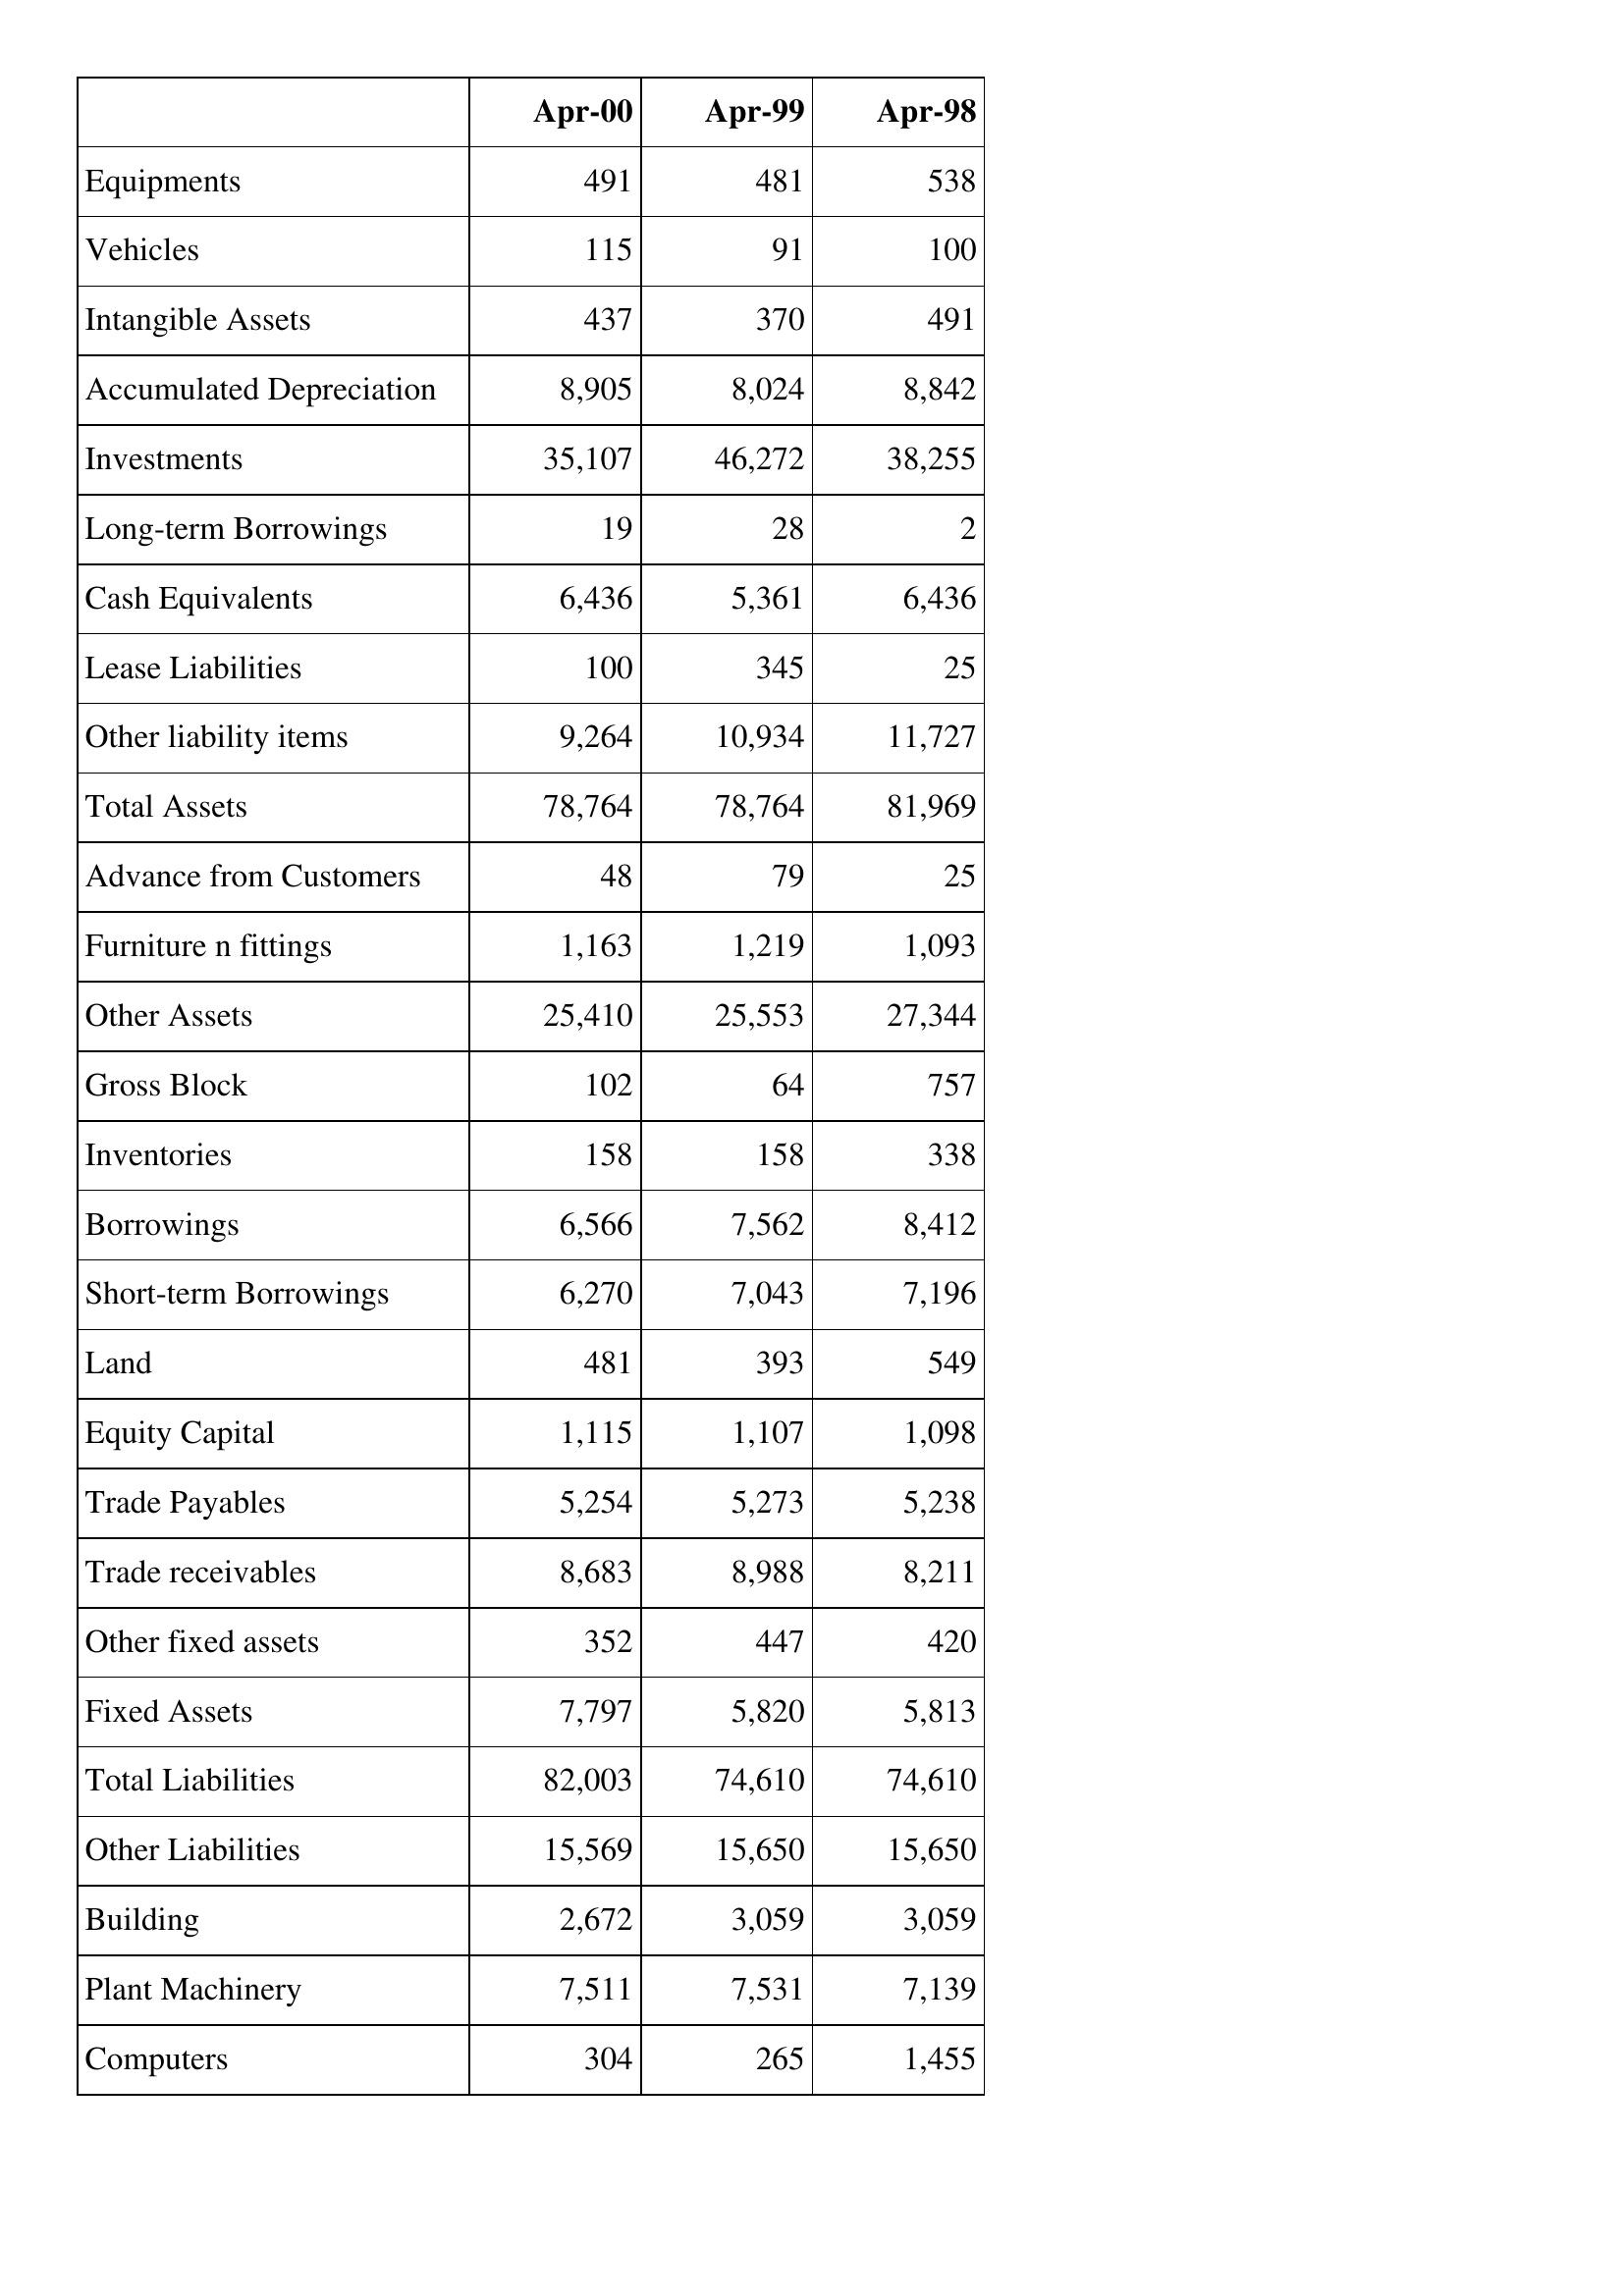
Apr-00: Balance Sheet: Equipments: 491
Vehicles: 115
Intangible Assets: 437
Accumulated Depreciation: 8,905
Investments: 35,107
Long-term Borrowings: 19
Cash Equivalents: 6,436
Lease Liabilities: 100
Other liability items: 9,264
Total Assets: 78,764
Advance from Customers: 48
Furniture n fittings: 1,163
Other Assets: 25,410
Gross Block: 102
Inventories: 158
Borrowings: 6,566
Short-term Borrowings: 6,270
Land: 481
Equity Capital: 1,115
Trade Payables: 5,254
Trade receivables: 8,683
Other fixed assets: 352
Fixed Assets: 7,797
Total Liabilities: 82,003
Other Liabilities: 15,569
Building: 2,672
Plant Machinery: 7,511
Computers: 304
Apr-99: Balance Sheet: Equipments: 481
Vehicles: 91
Intangible Assets: 370
Accumulated Depreciation: 8,024
Investments: 46,272
Long-term Borrowings: 28
Cash Equivalents: 5,361
Lease Liabilities: 345
Other liability items: 10,934
Total Assets: 78,764
Advance from Customers: 79
Furniture n fittings: 1,219
Other Assets: 25,553
Gross Block: 64
Inventories: 158
Borrowings: 7,562
Short-term Borrowings: 7,043
Land: 393
Equity Capital: 1,107
Trade Payables: 5,273
Trade receivables: 8,988
Other fixed assets: 447
Fixed Assets: 5,820
Total Liabilities: 74,610
Other Liabilities: 15,650
Building: 3,059
Plant Machinery: 7,531
Computers: 265
Apr-98: Balance Sheet: Equipments: 538
Vehicles: 100
Intangible Assets: 491
Accumulated Depreciation: 8,842
Investments: 38,255
Long-term Borrowings: 2
Cash Equivalents: 6,436
Lease Liabilities: 25
Other liability items: 11,727
Total Assets: 81,969
Advance from Customers: 25
Furniture n fittings: 1,093
Other Assets: 27,344
Gross Block: 757
Inventories: 338
Borrowings: 8,412
Short-term Borrowings: 7,196
Land: 549
Equity Capital: 1,098
Trade Payables: 5,238
Trade receivables: 8,211
Other fixed assets: 420
Fixed Assets: 5,813
Total Liabilities: 74,610
Other Liabilities: 15,650
Building: 3,059
Plant Machinery: 7,139
Computers: 1,455